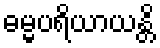
ဓမ္မပရိယာယန္တိ